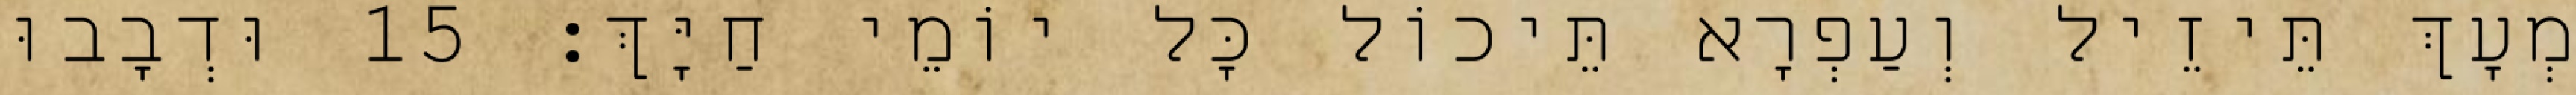
מְעָךְ תֵּיזֵיל וְעַפְרָא תֵּיכוֹל כָּל יוֹמֵי חַיָּךְ׃ 15 וּדְבָבוּ